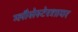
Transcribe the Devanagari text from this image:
ग्लौसेस्टेरशायर